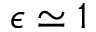
\epsilon \simeq 1